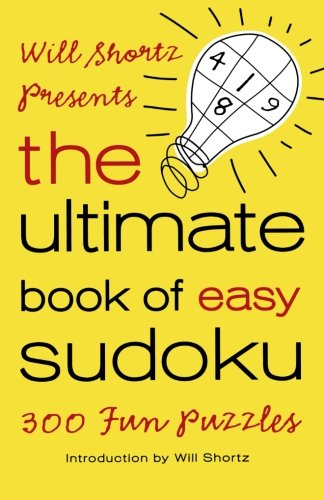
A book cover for Will Shortz Presents The Ultimate Book of Easy Sudoku: 300 Fun Puzzles; Humor & Entertainment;